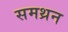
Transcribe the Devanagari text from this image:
समथ्रन